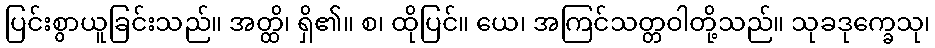
ပြင်းစွာယူခြင်းသည်။ အတ္ထိ၊ ရှိ၏။ စ၊ ထိုပြင်။ ယေ၊ အကြင်သတ္တဝါတို့သည်။ သုခဒုက္ခေသု၊